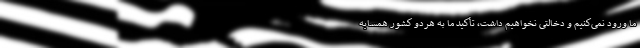
ما ورود نمی‌کنیم و دخالتی نخواهیم داشت، تأکید ما به هردو کشور همسایه